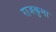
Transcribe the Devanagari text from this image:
राजकुमा